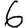
Digit: 6